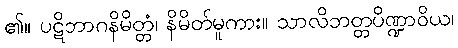
၏။ ပဋိဘာဂနိမိတ္တံ၊ နိမိတ်မူကား။ သာလိဘတ္တပိဏ္ဍာဝိယ၊